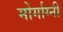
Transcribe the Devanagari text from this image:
मोर्गाग्नी